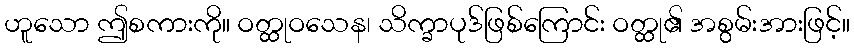
ဟူသော ဤစကားကို။ ဝတ္ထုဝသေန၊ သိက္ခာပုဒ်ဖြစ်ကြောင်း ဝတ္ထု၏ အစွမ်းအားဖြင့်။